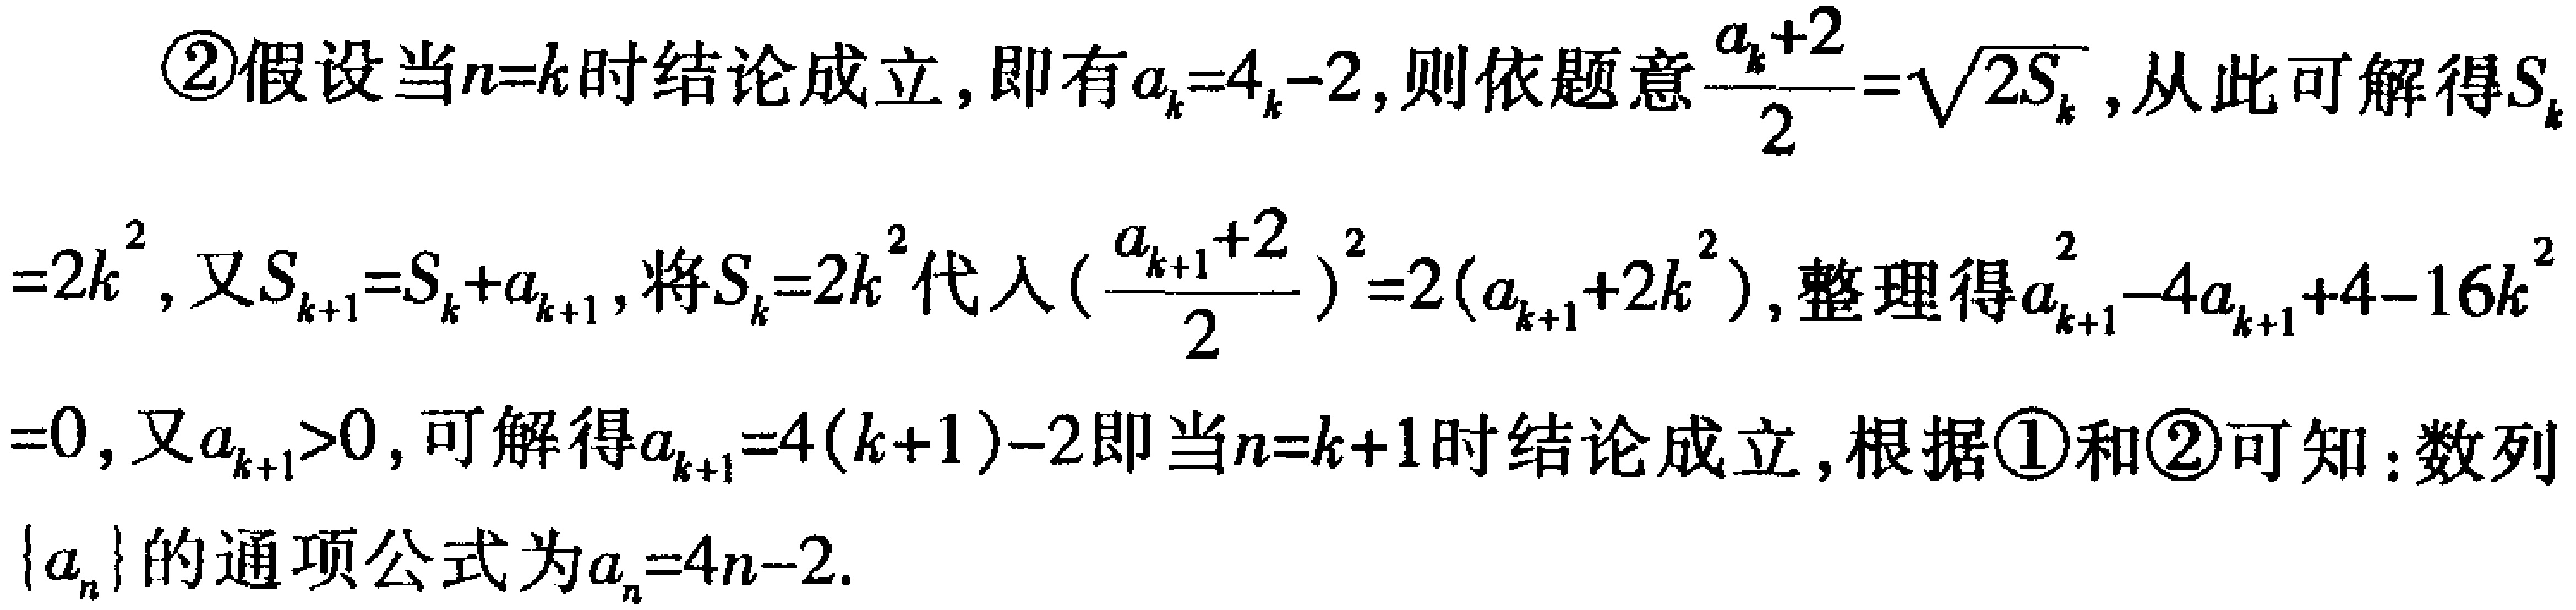
\textcircled{2}假设当\(n = k\)时结论成立，即有\(a_{k}=4k - 2\)，则依题意\(\frac{a_{k}+2}{2}=\sqrt{2S_{k}}\)，从此可解得\(S_{k}\)
\(=2k^{2}\)，又\(S_{k + 1}=S_{k}+a_{k + 1}\)，将\(S_{k}=2k^{2}\)代入\((\frac{a_{k + 1}+2}{2})^{2}=2(a_{k + 1}+2k^{2})\)，整理得\(a_{k + 1}^{2}-4a_{k + 1}+4 - 16k^{2}\)
\(=0\)，又\(a_{k + 1}>0\)，可解得\(a_{k + 1}=4(k + 1)-2\)即当\(n = k + 1\)时结论成立，根据\textcircled{1}和\textcircled{2}可知：数列
\(\{a_{n}\}\)的通项公式为\(a_{n}=4n - 2\).